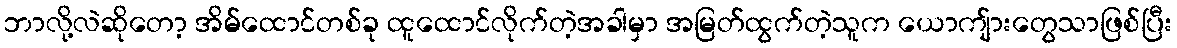
ဘာလို့လဲဆိုတော့ အိမ်ထောင်တစ်ခု ထူထောင်လိုက်တဲ့အခါမှာ အမြတ်ထွက်တဲ့သူက ယောကျ်ားတွေသာဖြစ်ပြီး